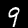
Digit: 9